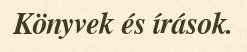
Könyvek és írások.